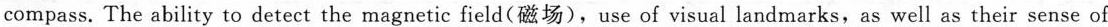
compass. The ability to detect the magnetic field(磁场),use of visual landmarks,as well as their sense of